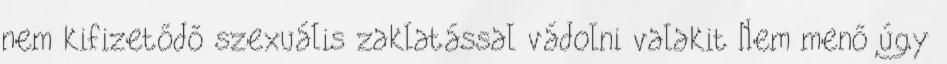
nem kifizetődő szexuális zaklatással vádolni valakit Nem menő úgy